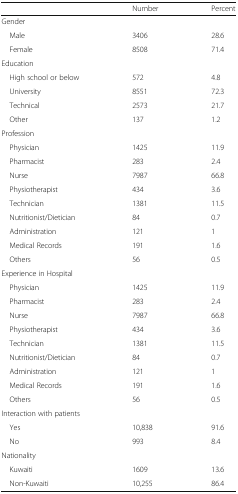
<table><thead><tr><td></td><td><b>Number</b></td><td><b>Percent</b></td></tr></thead><tbody><tr><td colspan="3">Gender</td></tr><tr><td> Male</td><td>3406</td><td>28.6</td></tr><tr><td> Female</td><td>8508</td><td>71.4</td></tr><tr><td colspan="3">Education</td></tr><tr><td> High school or below</td><td>572</td><td>4.8</td></tr><tr><td> University</td><td>8551</td><td>72.3</td></tr><tr><td> Technical</td><td>2573</td><td>21.7</td></tr><tr><td> Other</td><td>137</td><td>1.2</td></tr><tr><td colspan="3">Profession</td></tr><tr><td> Physician</td><td>1425</td><td>11.9</td></tr><tr><td> Pharmacist</td><td>283</td><td>2.4</td></tr><tr><td> Nurse</td><td>7987</td><td>66.8</td></tr><tr><td> Physiotherapist</td><td>434</td><td>3.6</td></tr><tr><td> Technician</td><td>1381</td><td>11.5</td></tr><tr><td> Nutritionist/Dietician</td><td>84</td><td>0.7</td></tr><tr><td> Administration</td><td>121</td><td>1</td></tr><tr><td> Medical Records</td><td>191</td><td>1.6</td></tr><tr><td> Others</td><td>56</td><td>0.5</td></tr><tr><td colspan="3">Experience in Hospital</td></tr><tr><td> Physician</td><td>1425</td><td>11.9</td></tr><tr><td> Pharmacist</td><td>283</td><td>2.4</td></tr><tr><td> Nurse</td><td>7987</td><td>66.8</td></tr><tr><td> Physiotherapist</td><td>434</td><td>3.6</td></tr><tr><td> Technician</td><td>1381</td><td>11.5</td></tr><tr><td> Nutritionist/Dietician</td><td>84</td><td>0.7</td></tr><tr><td> Administration</td><td>121</td><td>1</td></tr><tr><td> Medical Records</td><td>191</td><td>1.6</td></tr><tr><td> Others</td><td>56</td><td>0.5</td></tr><tr><td colspan="3">Interaction with patients</td></tr><tr><td> Yes</td><td>10,838</td><td>91.6</td></tr><tr><td> No</td><td>993</td><td>8.4</td></tr><tr><td colspan="3">Nationality</td></tr><tr><td> Kuwaiti</td><td>1609</td><td>13.6</td></tr><tr><td> Non-Kuwaiti</td><td>10,255</td><td>86.4</td></tr></tbody></table>